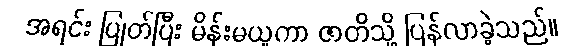
အရင်း ပြုတ်ပြီး မိန်းမယူကာ ဇာတိသို့ ပြန်လာခဲ့သည်။